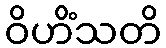
ဝိဟိံသတိ